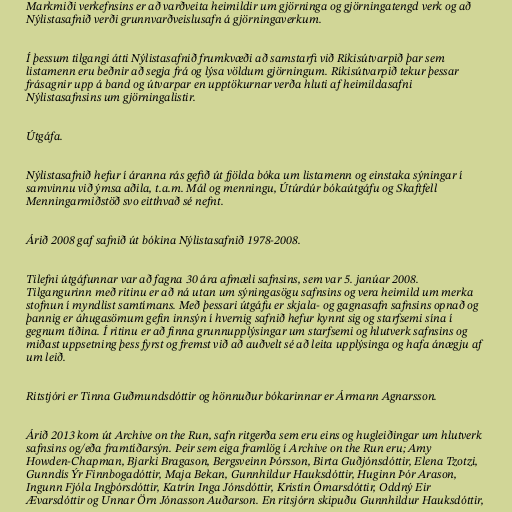
Markmiði verkefnsins er að varðveita heimildir um gjörninga og gjörningatengd verk og að
Nýlistasafnið verði grunnvarðveislusafn á gjörningaverkum.

Í þessum tilgangi átti Nýlistasafnið frumkvæði að samstarfi við Ríkisútvarpið þar sem
listamenn eru beðnir að segja frá og lýsa völdum gjörningum. Ríkisútvarpið tekur þessar
frásagnir upp á band og útvarpar en upptökurnar verða hluti af heimildasafni
Nýlistasafnsins um gjörningalistir.

Útgáfa.

Nýlistasafnið hefur í áranna rás gefið út fjölda bóka um listamenn og einstaka sýningar í
samvinnu við ýmsa aðila, t.a.m. Mál og menningu, Útúrdúr bókaútgáfu og Skaftfell
Menningarmiðstöð svo eitthvað sé nefnt.

Árið 2008 gaf safnið út bókina Nýlistasafnið 1978-2008.

Tilefni útgáfunnar var að fagna 30 ára afmæli safnsins, sem var 5. janúar 2008.
Tilgangurinn með ritinu er að ná utan um sýningasögu safnsins og vera heimild um merka
stofnun í myndlist samtímans. Með þessari útgáfu er skjala- og gagnasafn safnsins opnað og
þannig er áhugasömum gefin innsýn í hvernig safnið hefur kynnt sig og starfsemi sína í
gegnum tíðina. Í ritinu er að finna grunnupplýsingar um starfsemi og hlutverk safnsins og
miðast uppsetning þess fyrst og fremst við að auðvelt sé að leita upplýsinga og hafa ánægju af
um leið.

Ritstjóri er Tinna Guðmundsdóttir og hönnuður bókarinnar er Ármann Agnarsson.

Árið 2013 kom út Archive on the Run, safn ritgerða sem eru eins og hugleiðingar um hlutverk
safnsins og/eða framtíðarsýn. Þeir sem eiga framlög í Archive on the Run eru; Amy
Howden-Chapman, Bjarki Bragason, Bergsveinn Þórsson, Birta Guðjónsdóttir, Elena Tzotzi,
Gunndís Ýr Finnbogadóttir, Maja Bekan, Gunnhildur Hauksdóttir, Huginn Þór Arason,
Ingunn Fjóla Ingþórsdóttir, Katrín Inga Jónsdóttir, Kristín Ómarsdóttir, Oddný Eir
Ævarsdóttir og Unnar Örn Jónasson Auðarson. En ritsjórn skipuðu Gunnhildur Hauksdóttir,